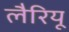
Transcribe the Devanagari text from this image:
लैरियू